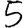
Digit: 5